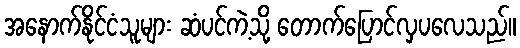
အနောက်နိုင်ငံသူများ ဆံပင်ကဲ့သို့ တောက်ပြောင်လှပလေသည်။